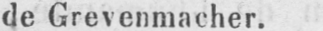
de Grevenmacher.